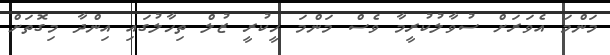
މަންމަ އެވަރަށް ސުވާލުކުރީމާ ވެސް މަންމަ ހީކުރީ ޒުލް ތިހާލުގައި އިންދާ މިގޮތަށް